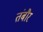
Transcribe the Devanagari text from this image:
तंबौर